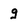
Character: g